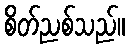
စိတ်ညစ်သည်။